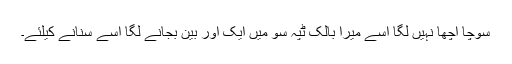
سوچا اچھا نہیں لگا اسے میرا بالک ٹپہ سو میں ایک اور بین بجانے لگا اسے سنانے کیلئے۔